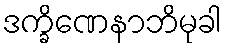
ဒက္ခိဏေနာဘိမုခါ